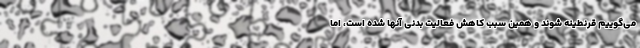
می‌گوییم قرنطینه شوند و همین سبب کاهش فعالیت بدنی آنها شده است، اما